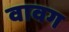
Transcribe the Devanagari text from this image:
वावग